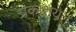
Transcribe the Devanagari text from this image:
प्रकाशयेत्